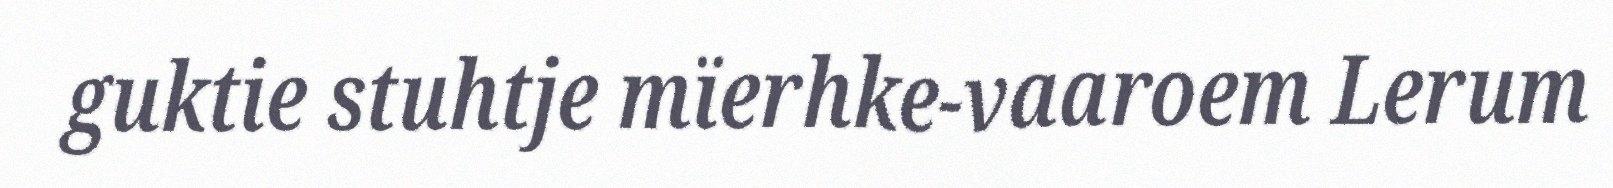
guktie stuhtje mïerhke-vaaroem Lerum